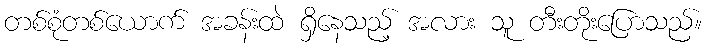
တစ်စုံတစ်ယောက် အခန်းထဲ ရှိနေသည့် အလား သူ တီးတိုးပြောသည်။